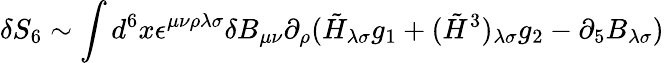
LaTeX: \delta S_{6}\sim\int d^{6}x\epsilon^{\mu\nu\rho\lambda\sigma}\delta B_{\mu\nu}\partial_{\rho}(\tilde{H}_{\lambda\sigma}g_{1}+(\tilde{H}^{3})_{\lambda\sigma}g_{2}-\partial_{5}B_{\lambda\sigma})